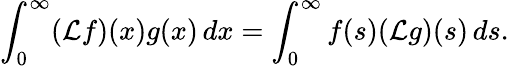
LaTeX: \int_{0}^{\infty}({\mathcal{L}}f)(x)g(x)\, dx=\int_{0}^{\infty}f(s)({\mathcal{L}}g)(s)\, ds.